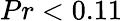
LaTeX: {Pr<0.11}